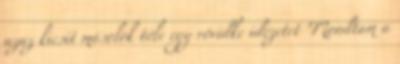
azaz kicsit másolok tőle egy rövidke idézetet "Mondtam a